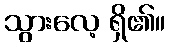
သွားလေ့ ရှိ၏။